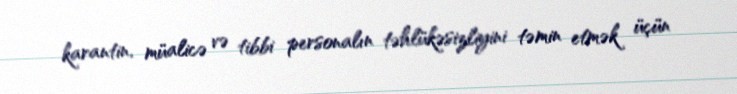
karantin, müalicə və tibbi personalın təhlükəsizliyini təmin etmək üçün